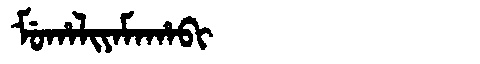
Manchu: ᠮᡠᡥᠠᠯᡳᠶᠠᠮᠠᡥᠠᠪᡳ
Romanization: MUHALIYAMAHABI